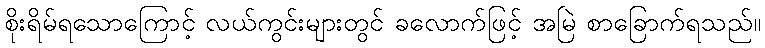
စိုးရိမ်ရသောကြောင့် လယ်ကွင်းများတွင် ခလောက်ဖြင့် အမြဲ စာခြောက်ရသည်။